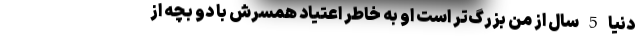
دنیا 5 سال از من بزرگ‌تر است او به خاطر اعتیاد همسرش با دو بچه از